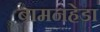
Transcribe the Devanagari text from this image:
बामनहेडा